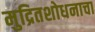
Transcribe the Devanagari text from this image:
मुद्रितशोधनाचा